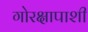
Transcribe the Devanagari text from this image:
गोरक्षापाशी